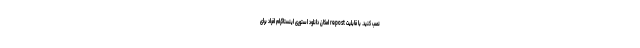
نصب کنید. با قابلیت repost امکان دانلود استوری اینستاگرام افراد برای